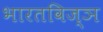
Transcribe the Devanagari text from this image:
भारतविज्ञ